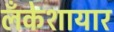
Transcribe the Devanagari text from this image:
लँकेशायार